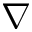
\nabla